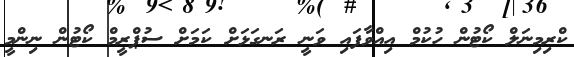
ކްރިމިނަލް ކޯޓުން ހުކުމް އިއްވާފައި ވަނީ ރަނގަޅަށް ކަމަށް ސުޕްރީމް ކޯޓުން ނިންމީ